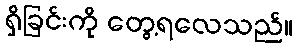
ရှိခြင်းကို တွေ့ရလေသည်။